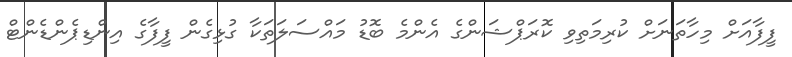
ފީފާއަށް މިހާތަނަށް ކުރިމަތިވި ކޮރަޕްޝަންގެ އެންމެ ބޮޑު މައްސަލަތަކާ ގުޅިގެން ފީފާގެ އިންޑިޕެންޑެންޓް